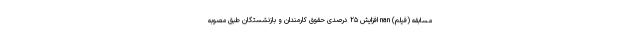
مسابقه (فیلم) nan افزایش ۲۵ درصدی حقوق کارمندان و بازنشستگان طبق مصوبه